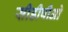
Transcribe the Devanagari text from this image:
सीडीपीओ